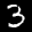
Label: 3